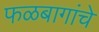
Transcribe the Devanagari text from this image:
फळबागांचे